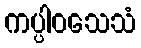
ကပ္ပါဝသေသံ